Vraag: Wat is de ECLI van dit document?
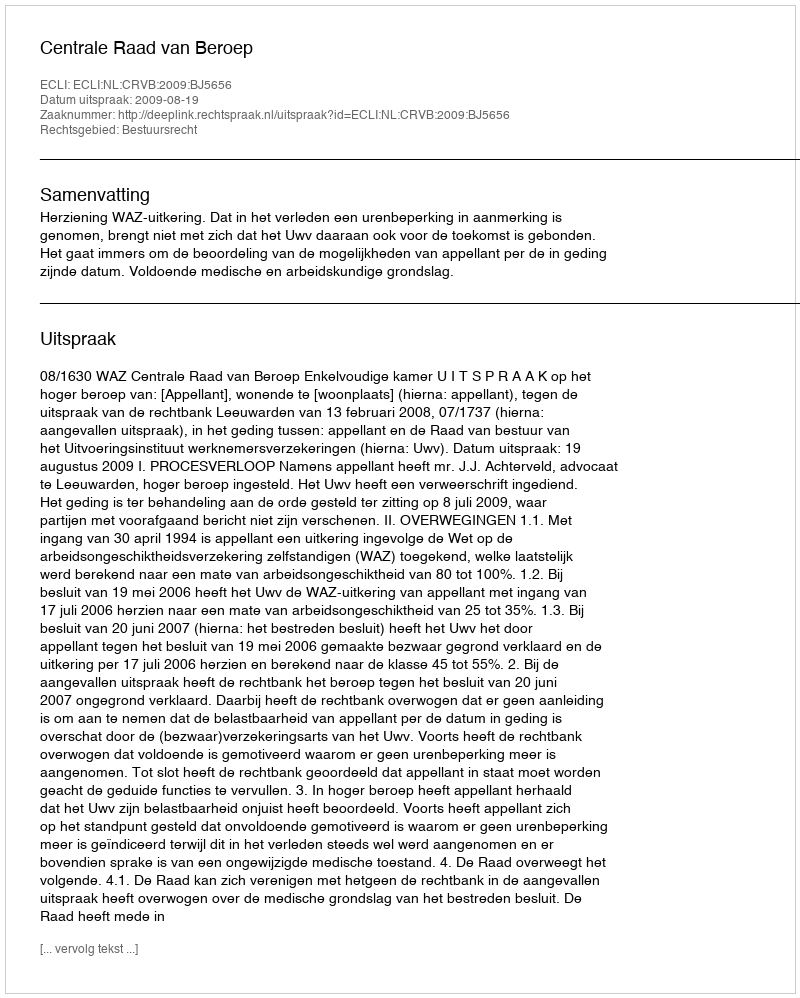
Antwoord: ECLI:NL:CRVB:2009:BJ5656